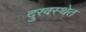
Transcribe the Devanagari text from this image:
दुरवस्थेत